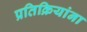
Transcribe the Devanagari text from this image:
प्रतिक्रियांना